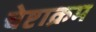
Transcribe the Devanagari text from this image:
चेष्टाक्रम